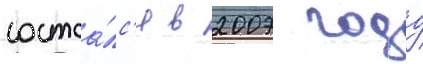
состоа́лс'я в 2007 году